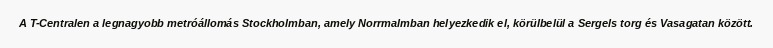
A T-Centralen a legnagyobb metróállomás Stockholmban, amely Norrmalmban helyezkedik el, körülbelül a Sergels torg és Vasagatan között.